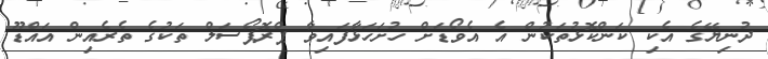
ދުނިޔޭގެ އެކި ކަންކޮޅުތަކުން އެ އެވޯޑަށް ހުށަހަޅާފައިވާ ޕްރޮޕޯސަލް ތަކުގެ ތެރެއިން އައްޑޫ